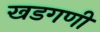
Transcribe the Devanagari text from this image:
खडगणी